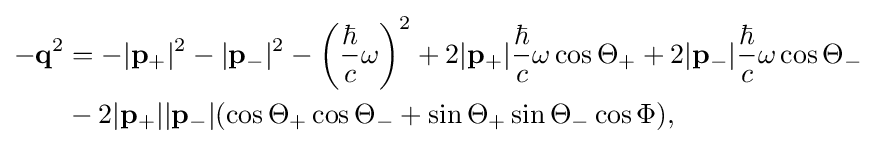
{\begin{aligned}-\mathbf {q} ^{2}&=-|\mathbf {p} _{+}|^{2}-|\mathbf {p} _{-}|^{2}-\left({\frac {\hbar }{c}}\omega \right)^{2}+2|\mathbf {p} _{+}|{\frac {\hbar }{c}}\omega \cos \Theta _{+}+2|\mathbf {p} _{-}|{\frac {\hbar }{c}}\omega \cos \Theta _{-}\\&-2|\mathbf {p} _{+}||\mathbf {p} _{-}|(\cos \Theta _{+}\cos \Theta _{-}+\sin \Theta _{+}\sin \Theta _{-}\cos \Phi ),\end{aligned}}